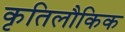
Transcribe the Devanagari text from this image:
कृतिलौकिक